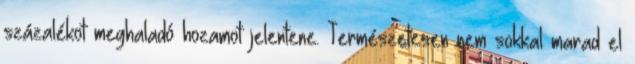
százalékot meghaladó hozamot jelentene. Természetesen nem sokkal marad el